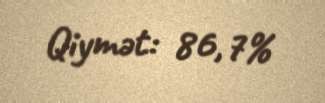
Qiymət: 86,7%